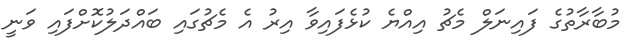
މުބާރާތުގެ ފައިނަލް މެޗު އިއްޔެ ކުޅެފައިވާ އިރު އެ މެޗުގައި ބައްދަލުކޮށްފައި ވަނީ